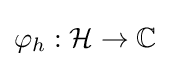
\varphi _{h}:{\mathcal {H}}\to \mathbb {C}